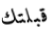
قبلتك